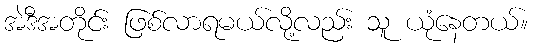
အဲဒီအတိုင်း ဖြစ်လာရမယ်လို့လည်း သူ ယုံနေတယ်။